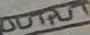
Text: OUTPUT